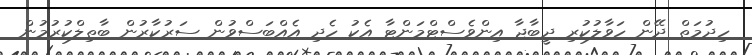
ހިދުމަތް ދޭން ހަވާލުކުރި ދީބާޖާ އިންވެސްޓްމަންޓާ އެކު ހެދި އެއްބަސްވުން ސަރުކާރުން ބާތިލްކުރުމުން